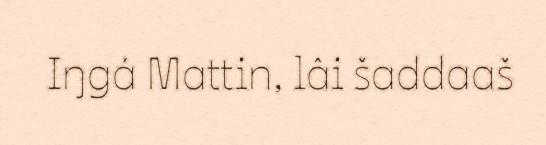
Iŋgá Mattin, lâi šaddaaš